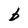
Character: b